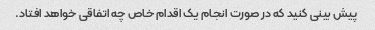
پیش بینی کنید که در صورت انجام یک اقدام خاص چه اتفاقی خواهد افتاد.